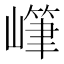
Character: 𱜏